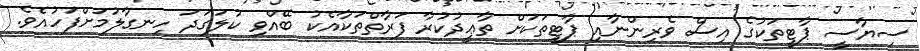
ސިޔާސީ ޕާޓީތަކުގެ އިސް ވެރިންނާއި ޕާޓީތަކަށް ތާޢީދުކުރާ ފަރާތްތަކާއެކު ބޭއްވި ކުލަަގަދަ ހިނގާލުމަށްފަހުއެވެ.